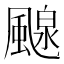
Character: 𩘘